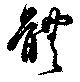
体